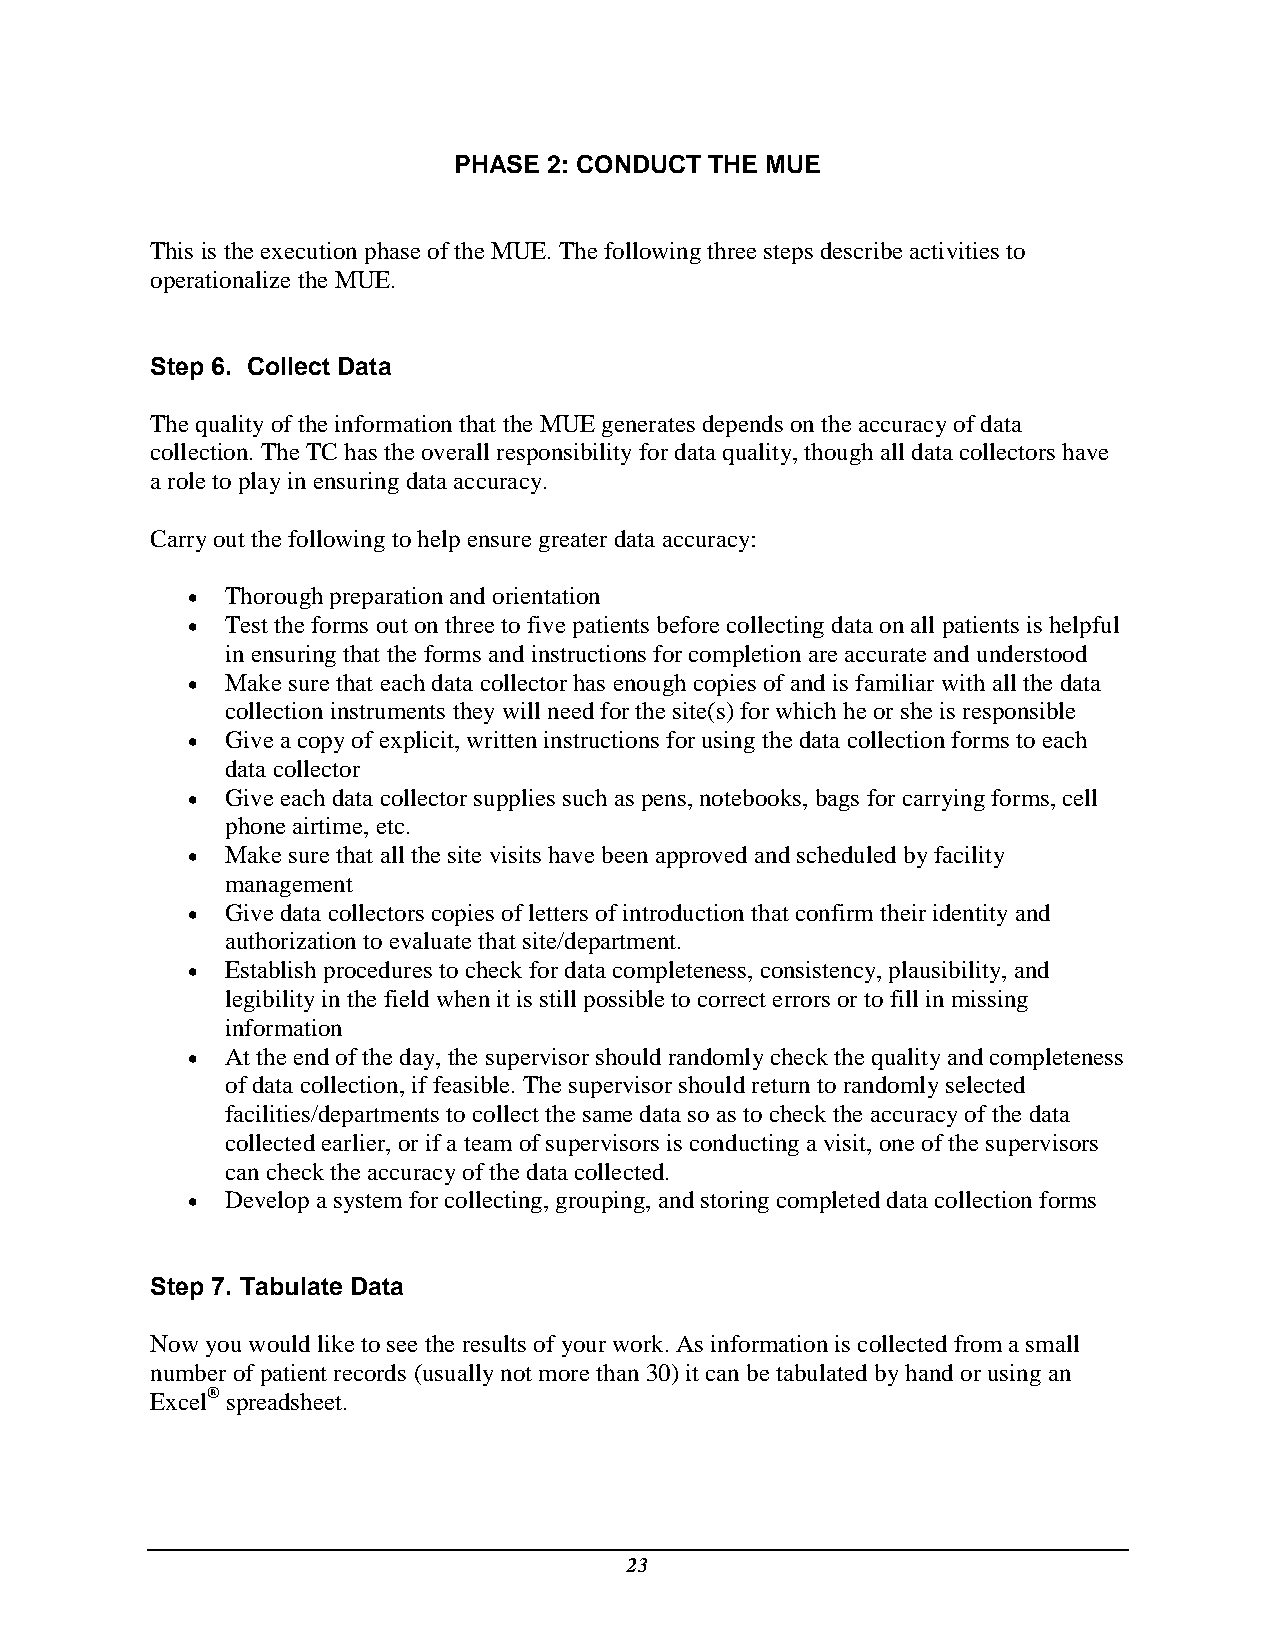
PHASE 2: CONDUCT THE MUE
 This is the execution phase of the MUE. The following three steps describe activities to
 operationalize the MUE.
 Step 6. Collect Data
 The quality of the information that the MUE generates depends on the accuracy of data
 collection. The TC has the overall responsibility for data quality, though all data collectors have
 a role to play in ensuring data accuracy.
 Carry out the following to help ensure greater data accuracy:
   Thorough preparation and orientation
   Test the forms out on three to five patients before collecting data on all patients is helpful
 in ensuring that the forms and instructions for completion are accurate and understood
   Make sure that each data collector has enough copies of and is familiar with all the data
 collection instruments they will need for the site(s) for which he or she is responsible
   Give a copy of explicit, written instructions for using the data collection forms to each
 data collector
   Give each data collector supplies such as pens, notebooks, bags for carrying forms, cell
 phone airtime, etc.
   Make sure that all the site visits have been approved and scheduled by facility
 management
   Give data collectors copies of letters of introduction that confirm their identity and
 authorization to evaluate that site/department.
   Establish procedures to check for data completeness, consistency, plausibility, and
 legibility in the field when it is still possible to correct errors or to fill in missing
 information
   At the end of the day, the supervisor should randomly check the quality and completeness
 of data collection, if feasible. The supervisor should return to randomly selected
 facilities/departments to collect the same data so as to check the accuracy of the data
 collected earlier, or if a team of supervisors is conducting a visit, one of the supervisors
 can check the accuracy of the data collected.
   Develop a system for collecting, grouping, and storing completed data collection forms
 Step 7. Tabulate Data
 Now you would like to see the results of your work. As information is collected from a small
 number of patient records (usually not more than 30) it can be tabulated by hand or using an
 Excel® spreadsheet.
 23